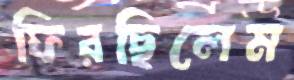
ফিরছিলেম